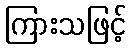
ကြားသဖြင့်